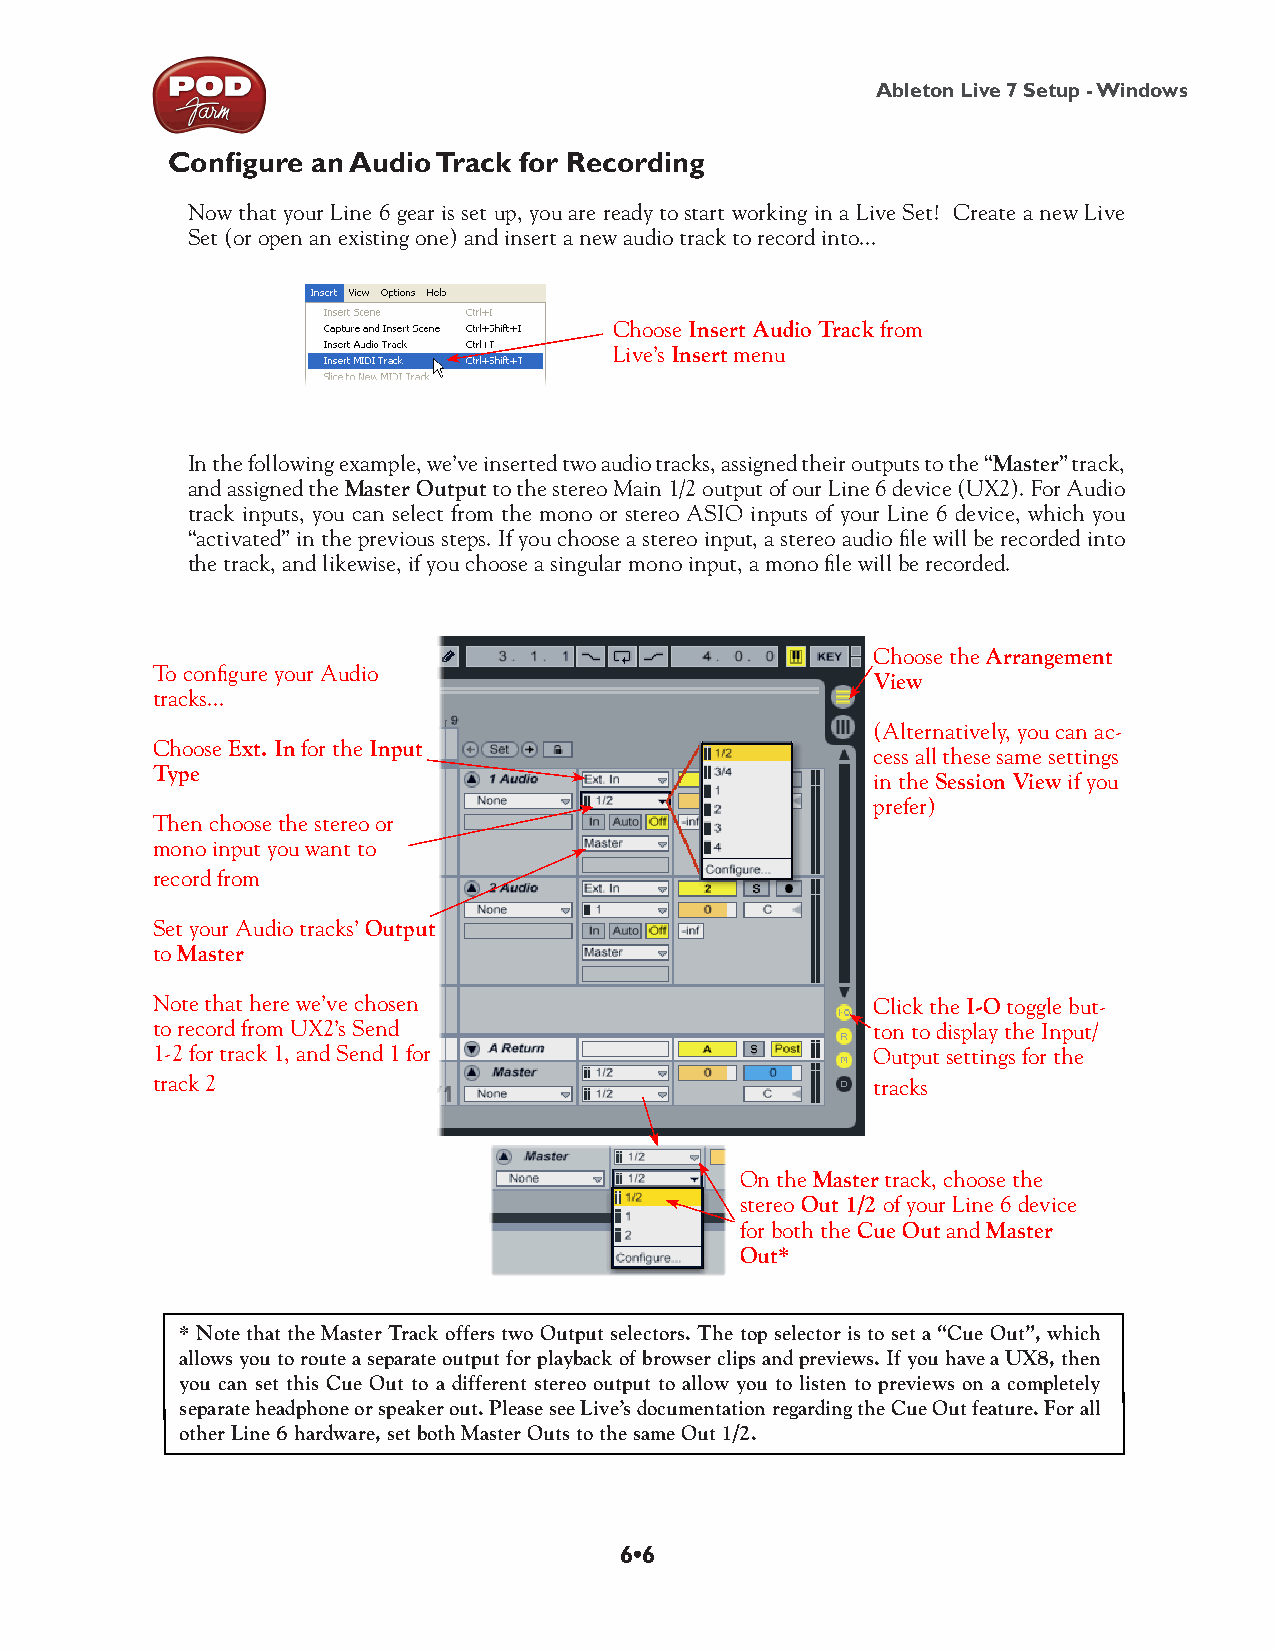
Ableton Live 7 Setup - Windows
 Configure an Audio Track for Recording
 Now that your Line 6 gear is set up, you are ready to start working in a Live Set! Create a new Live
 Set (or open an existing one) and insert a new audio track to record into...
 Choose Insert Audio Track from
 Live’s Insert menu
 In the following example, we’ve inserted two audio tracks, assigned their outputs to the “Master” track,
 and assigned the Master Output to the stereo Main 1/2 output of our Line 6 device (UX2). For Audio
 track inputs, you can select from the mono or stereo ASIO inputs of your Line 6 device, which you
 “activated” in the previous steps. If you choose a stereo input, a stereo audio file will be recorded into
 the track, and likewise, if you choose a singular mono input, a mono file will be recorded.
 Choose the Arrangement
 To configure your Audio
 View
 tracks...
 (Alternatively, you can ac-
 Choose Ext. In for the Input
 cess all these same settings
 Type
 in the Session View if you
 prefer)
 Then choose the stereo or
 mono input you want to
 record from
 Set your Audio tracks’ Output
 to Master
 Note that here we’ve chosen                     Click the I-O toggle but-
 to record from UX2’s Send                       ton to display the Input/
 1-2 for track 1, and Send 1 for                 Output settings for the
 track 2                                         tracks
 On the Master track, choose the
 stereo Out 1/2 of your Line 6 device
 for both the Cue Out and Master
 Out*
 * Note that the Master Track offers two Output selectors. The top selector is to set a “Cue Out”, which
 allows you to route a separate output for playback of browser clips and previews. If you have a UX8, then
 you can set this Cue Out to a different stereo output to allow you to listen to previews on a completely
 separate headphone or speaker out. Please see Live’s documentation regarding the Cue Out feature. For all
 other Line 6 hardware, set both Master Outs to the same Out 1/2.
 6•6